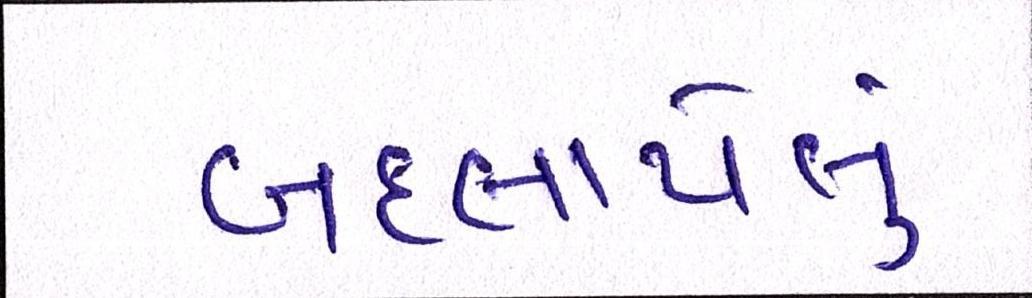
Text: બદલાયેલું